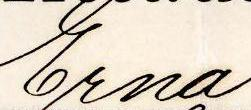
Erna